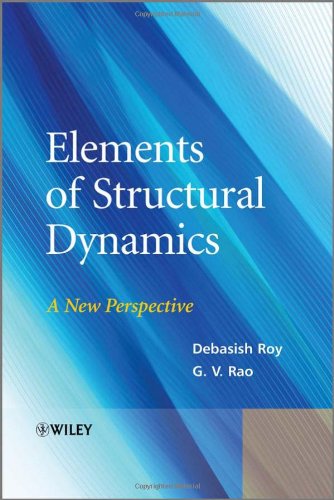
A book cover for Elements of Structural Dynamics: A New Perspective; Debasish Roy; Engineering & Transportation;